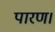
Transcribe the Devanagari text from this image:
पारण।